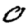
Digit: 0